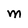
Character: M